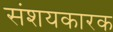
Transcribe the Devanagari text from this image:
संशयकारक